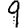
Digit: 9